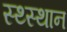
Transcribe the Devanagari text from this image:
स्‍थ्‍स्थान